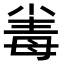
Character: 𣫶